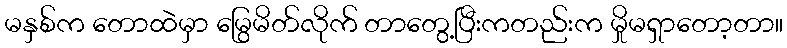
မနှစ်က တောထဲမှာ မြွေမိတ်လိုက် တာတွေ့ပြီးကတည်းက မှိုမရှာတော့တာ။